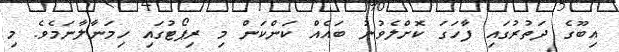
އިބޫގެ ދަތުރުގައި ފާހަގަ ކޮށްލެވުނު ބައެއް ކަންކަން މި ރިޕޯޓުގައި ހިމަނާލާނަމެވެ. މި